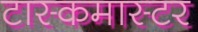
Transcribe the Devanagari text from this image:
टास्कमास्टर